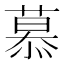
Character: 慕